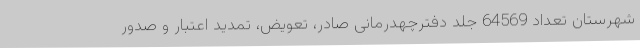
شهرستان تعداد 64569 جلد دفترچهدرمانی صادر، تعویض، تمدید اعتبار و صدور